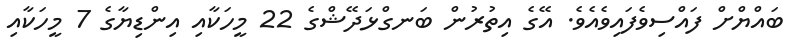
ބައްޔްށް ފައްސިވެފައިވެއެވެ. އޭގެ އިތުރުން ބަނގްޅަދޭޝްގެ 22 މީހަކާއި އިންޑިޔާގެ 7 މީހަކާއި